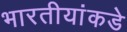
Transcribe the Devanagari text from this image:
भारतीयांकडे